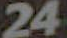
24